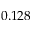
0 . 1 2 8